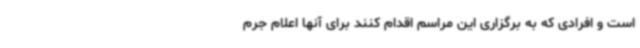
است و افرادی که به برگزاری این مراسم اقدام کنند برای آنها اعلام جرم